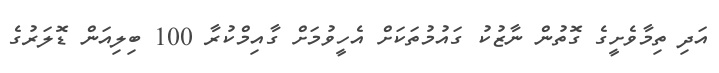
އަދި ތިމާވެށީގެ ގޮތުން ނާޒުކު ގައުމުތަކަށް އެހީވުމަށް ގާއިމްކުރާ 100 ބިލިއަން ޑޮލަރުގެ